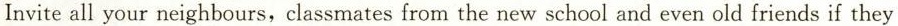
Invite all your neighbours,classmates from the new school and even old friends if they